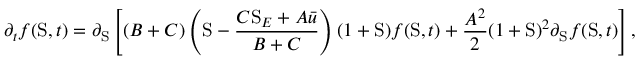
\partial _ { t } f ( \mathrm { S } , t ) = \partial _ { \mathrm { S } } \left[ ( B + C ) \left( \mathrm { S } - \frac { C \mathrm { S } _ { E } + A \bar { u } } { B + C } \right) ( 1 + \mathrm { S } ) f ( \mathrm { S } , t ) + \frac { A ^ { 2 } } { 2 } ( 1 + \mathrm { S } ) ^ { 2 } \partial _ { \mathrm { S } } f ( \mathrm { S } , t ) \right] ,